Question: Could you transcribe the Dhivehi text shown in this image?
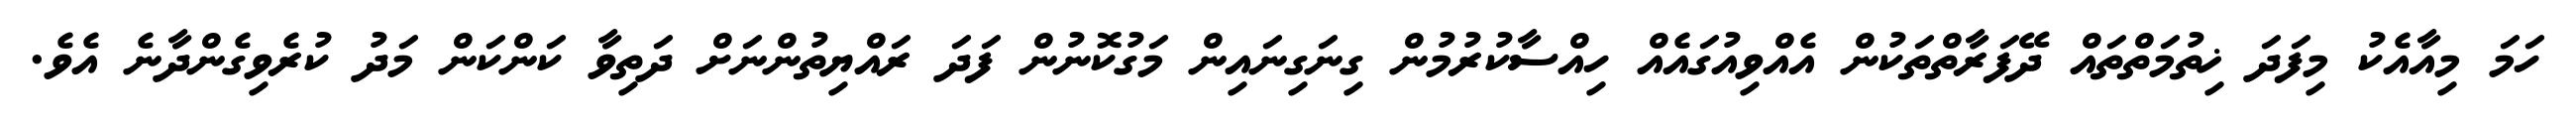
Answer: ހަމަ މިއާއެކު މިފަދަ ޚިތުމަތްތައް ދޭފަރާތްތަކުން އެއްވިއުގައެއް ހިއްސާކުރުމުން ގިނަގިނައިން މަގުކޮނުން ފަދަ ރައްޔިތުންނަށް ދަތިވާ ކަންކަން މަދު ކުރެވިގެންދާނެ އެވެ.